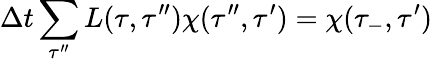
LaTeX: \Delta t\sum_{\tau^{\prime\prime}}L(\tau,\tau^{\prime\prime})\chi(\tau^{\prime\prime},\tau^{\prime})=\chi(\tau_{-},\tau^{\prime})